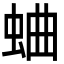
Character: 蛐